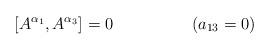
LaTeX: \begin{align*}\left [ A^{\alpha_{1}}, A^{\alpha_{3}}\right ] = 0 \hspace{2cm} (a_{13}=0)\end{align*}